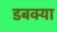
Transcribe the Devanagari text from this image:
डबक्या